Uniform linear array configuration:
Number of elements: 24
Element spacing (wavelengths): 0.25
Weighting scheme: cosine
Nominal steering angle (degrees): -60
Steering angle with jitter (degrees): -59.852
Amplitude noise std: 0.05
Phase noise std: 0.05

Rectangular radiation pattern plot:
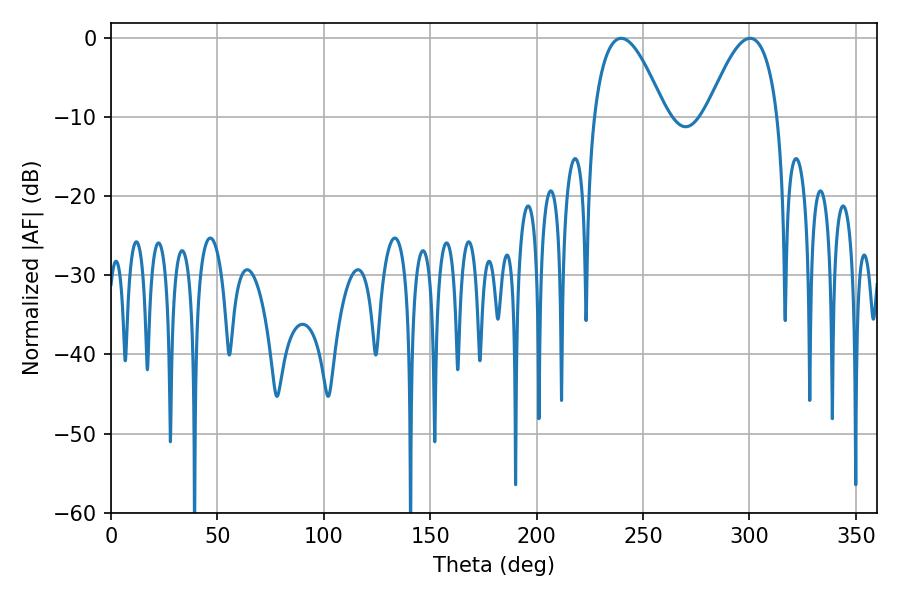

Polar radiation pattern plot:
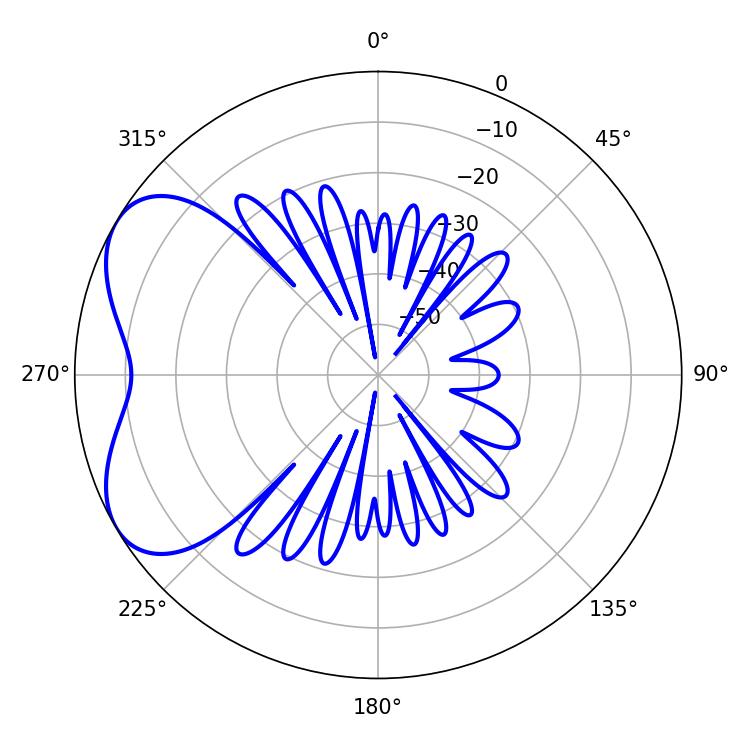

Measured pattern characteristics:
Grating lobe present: FALSE
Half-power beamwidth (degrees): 18.36
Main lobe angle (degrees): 300.24